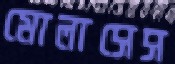
মোলাসেস